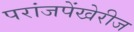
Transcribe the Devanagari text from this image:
परांजपेंखेरीज